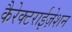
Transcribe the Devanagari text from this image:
कैरेक्टराईज़ेशन